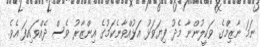
ނަމަ ނާޒިމްގެ ވަކީލުންނާ މެދު ފިޔަވަޅު އަޅުއްވާނެކަމުގެ އިންޒާރު ވެސް ދެއްވައިފަ އެވެ.